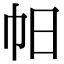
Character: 𢁯